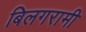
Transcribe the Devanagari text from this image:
बिलगरामी